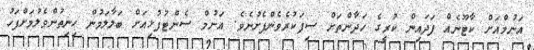
އަނުމްއަށް ކާޓޫނެއް ފަދައިން ކުރީގެ ހަދާންތަށް ސިފަކުރެވެންފެށުނެވެ. އަނުމް ސެންޓުފުޅިއަށް ބަލާލަމުން ހިނިތުންވެލުމަށްފަހު